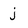
Character: j